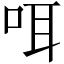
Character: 咡